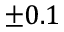
\pm 0 . 1